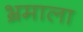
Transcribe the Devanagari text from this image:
भ्रमाला